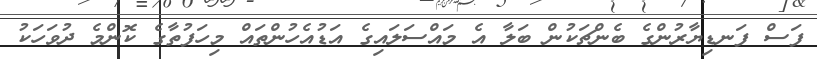
ފަސް ފަނޑިޔާރުންގެ ބެންޗަކުން ބަލާ އެ މައްސަލައިގެ އަޑުއެހުންތައް މިހަފުތާގެ ކޮންމެ ދުވަހަކު